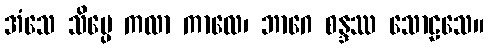
အံသေ သိပ္ပေ ကလာ ကာလေ၊ ဘာဂေ စန္ဒဿ သောဠသေ။